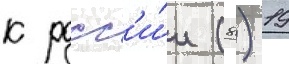
к росс'и́и (8) 19